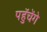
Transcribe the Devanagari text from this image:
पहुॅचेंगे